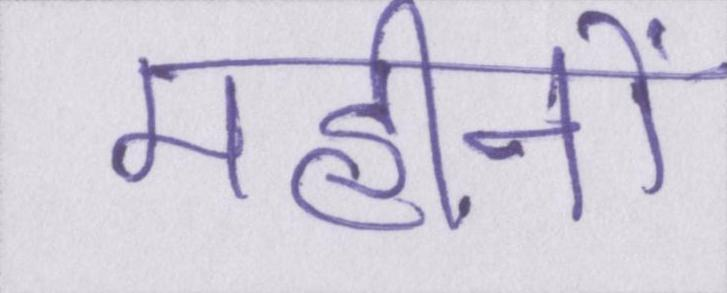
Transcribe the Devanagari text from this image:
महीनों